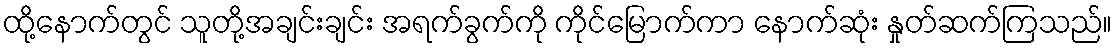
ထို့နောက်တွင် သူတို့အချင်းချင်း အရက်ခွက်ကို ကိုင်မြောက်ကာ နောက်ဆုံး နှုတ်ဆက်ကြသည်။